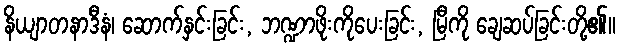
နိယျာတနာဒီနံ၊ ဆောက်နှင်းခြင်း, ဘဏ္ဍာဖိုးကိုပေးခြင်း, မြီကို ချေဆပ်ခြင်းတို့၏။